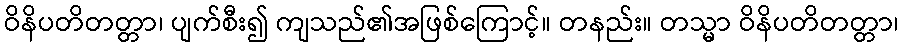
ဝိနိပတိတတ္တာ၊ ပျက်စီး၍ ကျသည်၏အဖြစ်ကြောင့်။ တနည်း။ တသ္မာ ဝိနိပတိတတ္တာ၊